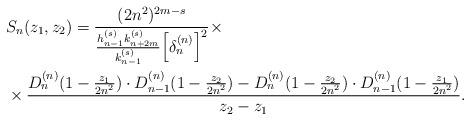
LaTeX: \begin{align*} & S_n(z_1, z_2) = \frac{(2n^2)^{2m-s}}{ \frac{h_{n-1}^{(s)} k_{n+2m}^{(s)} }{ k_{n-1}^{(s)} } \Big[ \delta_n^{(n)} \Big]^2 } \times \\ & \times \frac{ D_n^{(n)}(1- \frac{z_1}{2n^2} ) \cdot D_{n-1}^{(n)} ( 1- \frac{z_2}{2n^2} ) - D_n^{(n)}(1- \frac{z_2}{2n^2} ) \cdot D_{n-1}^{(n)} ( 1- \frac{z_1}{2n^2} ) }{z_2 - z_1 }. \end{align*}